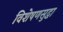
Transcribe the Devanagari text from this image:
विशेषणसुद्धा